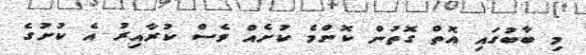
މި ބާބުގައި އޮތް ގޮތުން ކޮންމެ ކުށެއް ވެސް ކުރާއިރު އެ ކުށުގެ